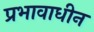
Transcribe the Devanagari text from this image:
प्रभावाधीन